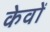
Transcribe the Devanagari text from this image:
केवों